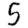
Digit: 5